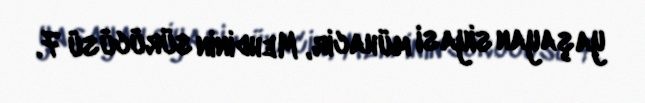
yaşayan siyasi mühacir, Mehdinin sürücüsü 7.